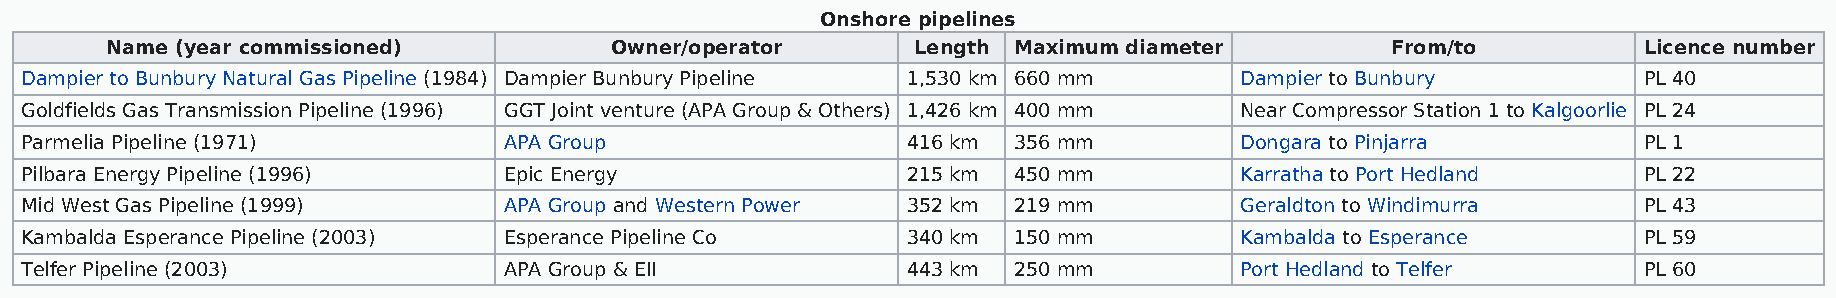
Onshore pipelines
 Name (year commissioned)         Owner/operator       Length Maximum diameter        From/to          Licence number
 Dampier to Bunbury Natural Gas Pipeline (1984) Dampier Bunbury Pipeline 1,530 km 660 mm Dampier to Bunbury  PL 40
 Goldfields Gas Transmission Pipeline (1996) GGT Joint venture (APA Group & Others) 1,426 km 400 mm Near Compressor Station 1 to Kalgoorlie PL 24
 Parmelia Pipeline (1971)        APA Group                  416 km 356 mm         Dongara to Pinjarra        PL 1
 Pilbara Energy Pipeline (1996)  Epic Energy                215 km 450 mm         Karratha to Port Hedland   PL 22
 Mid West Gas Pipeline (1999)    APA Group and Western Power 352 km 219 mm        Geraldton to Windimurra    PL 43
 Kambalda Esperance Pipeline (2003) Esperance Pipeline Co   340 km 150 mm         Kambalda to Esperance      PL 59
 Telfer Pipeline (2003)          APA Group & EII            443 km 250 mm         Port Hedland to Telfer     PL 60